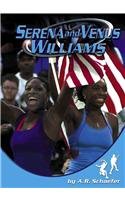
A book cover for Serena and Venus Williams (Sports Heroes); A. R. Schaefer; Children's Books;